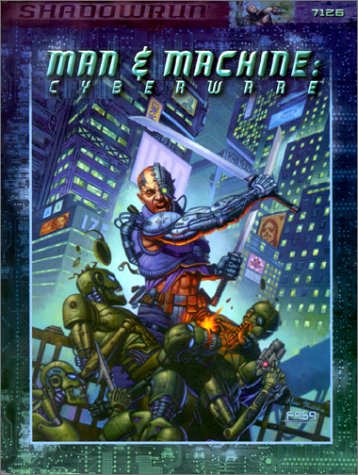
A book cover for Man & Machine: Cyberware (Shadowrun (Fasa Corp.)); FASA Corporation; Science Fiction & Fantasy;